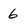
Character: 6